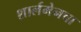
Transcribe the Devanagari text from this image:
शार्लमेनचा